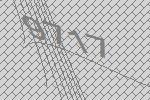
9717